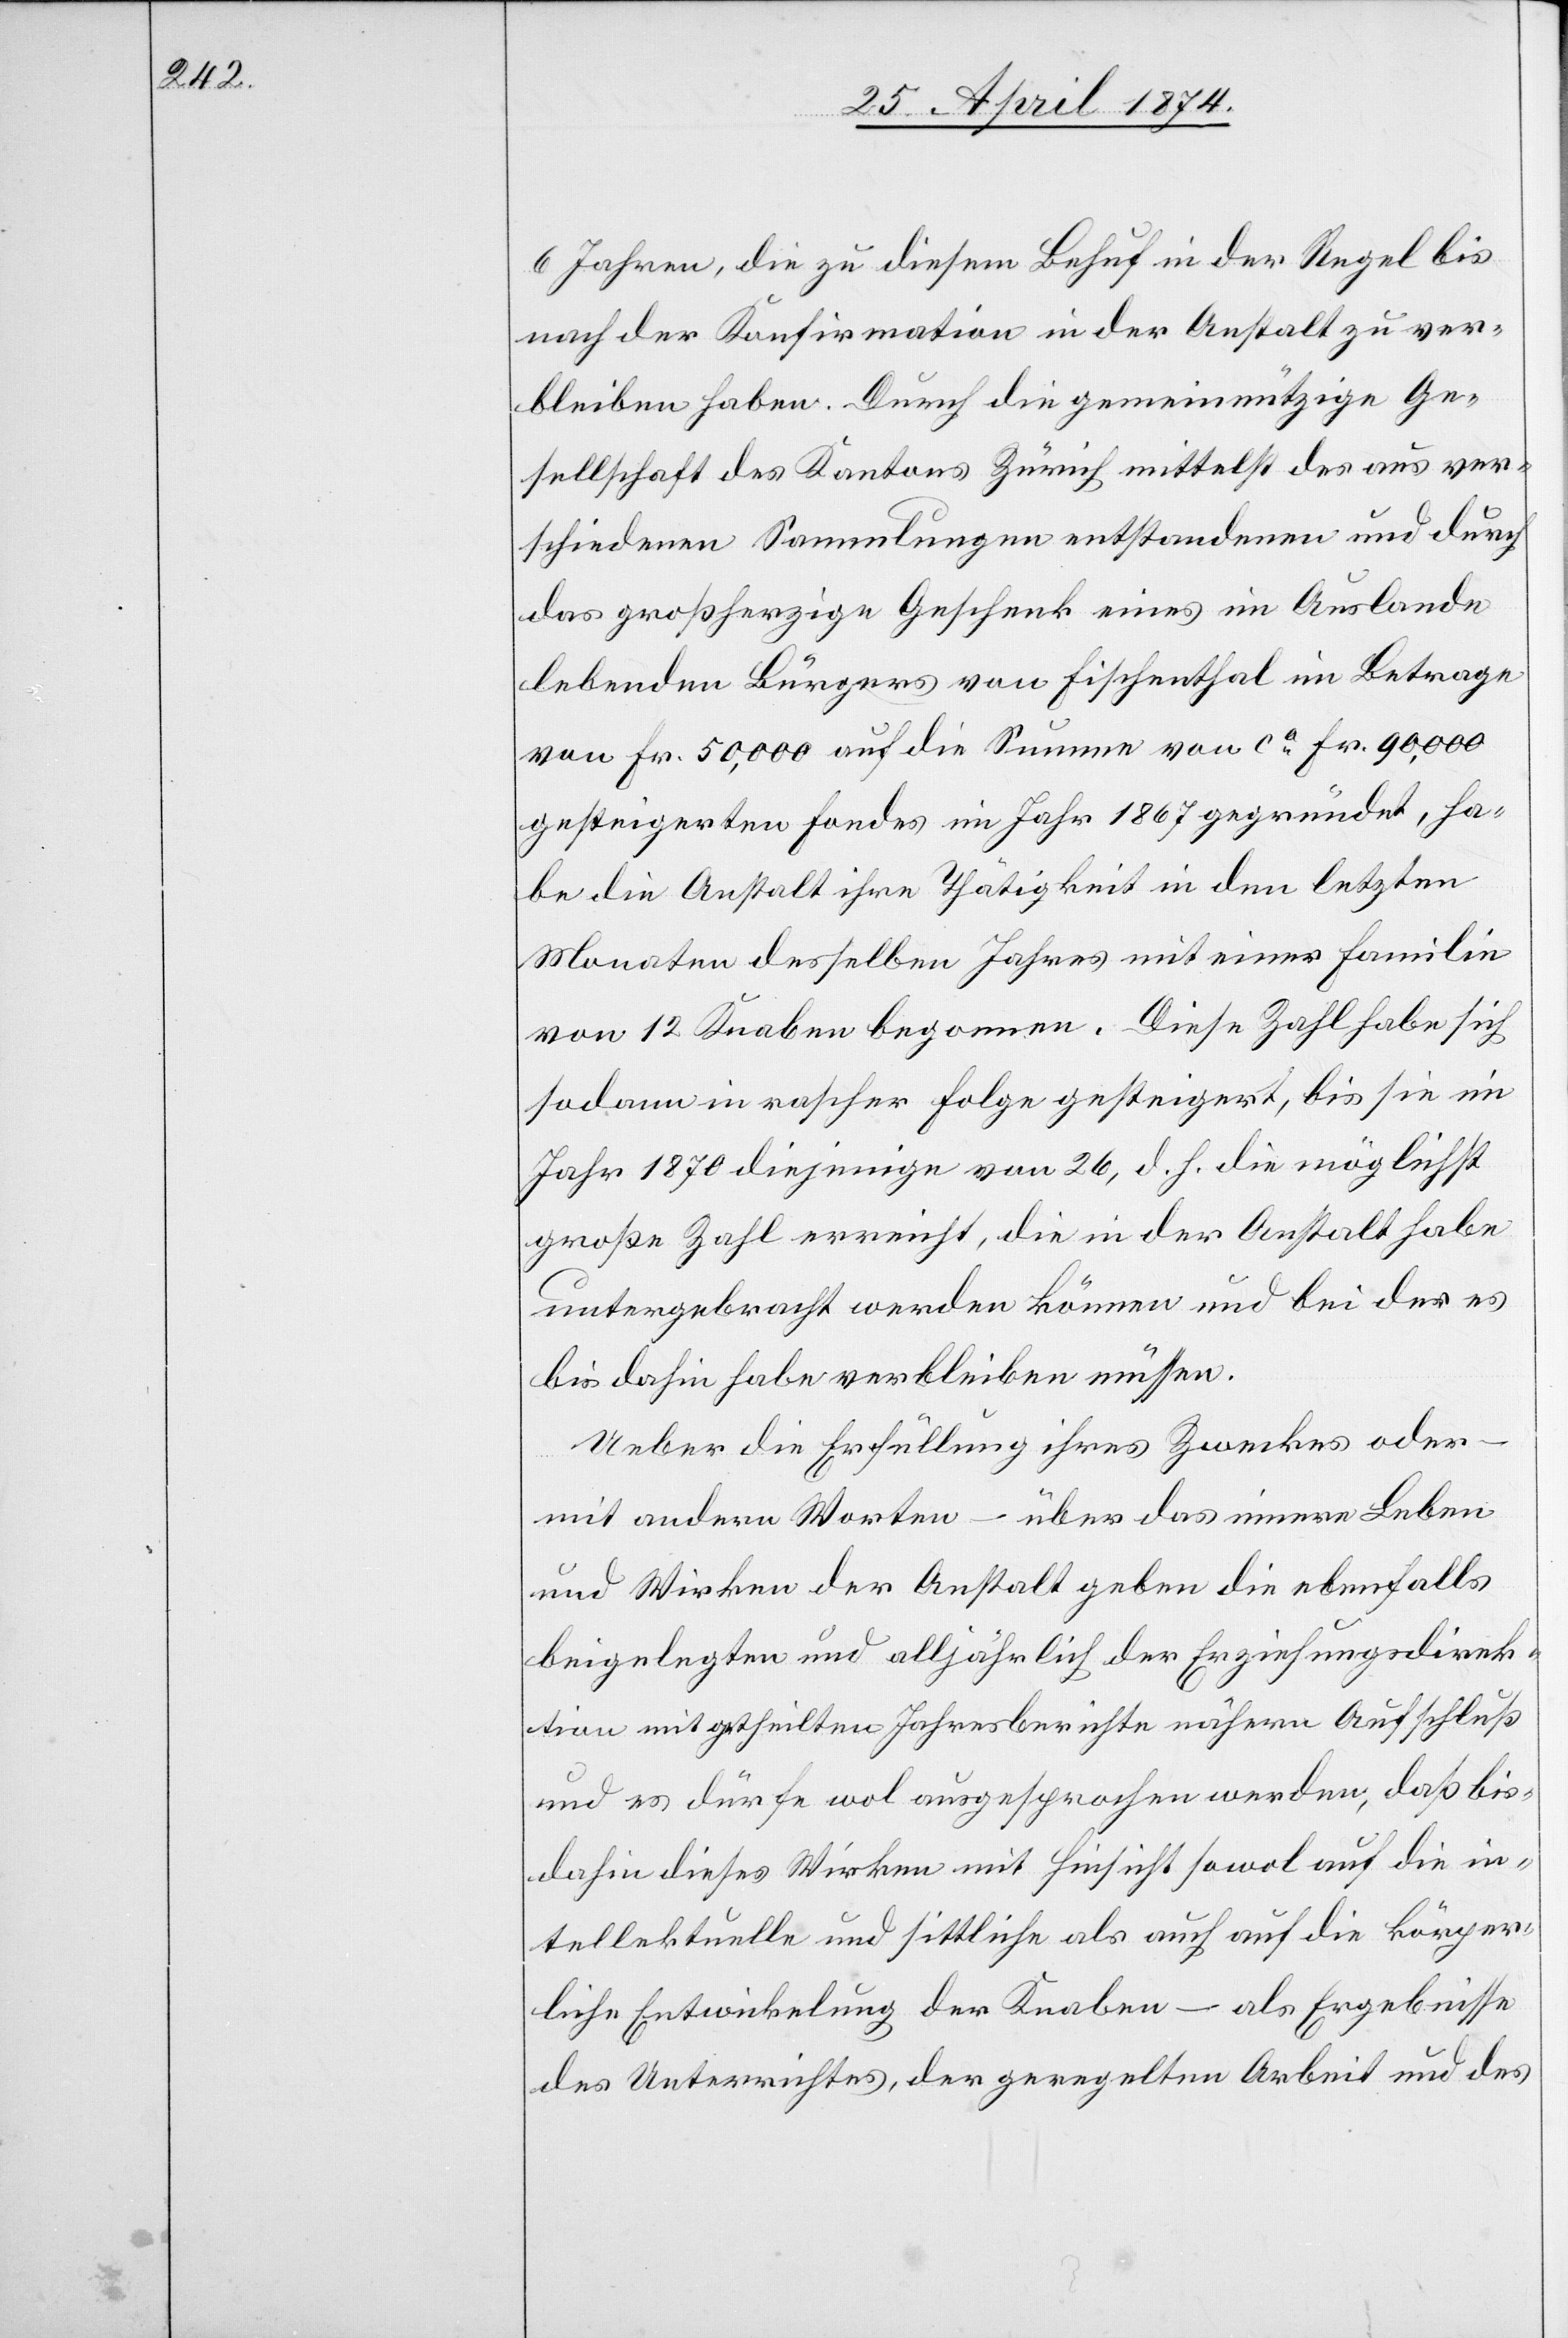
6 Jahren, die zu diesem Behuf in der Regel bis
nach der Konfirmation in der Anstalt zu ver¬
bleiben haben. Durch die gemeinnützige Ge¬
sellschaft des Kantons Zürich mittelst des aus ver¬
schiedenen Sammlungen entstandenen und durch
das großherzige Geschenk eines im Auslande
lebenden Bürgers von Fischenthal im Betrage
von Fr. 50,000 auf die Summe von ca Fr.90,000
gesteigerten Fondes im Jahr 1867 gegründet, ha¬
be die Anstalt ihre Thätigkeit in den letzten
Monaten desselben Jahres mit einer Familie
von 12 Knaben begonnen. Diese Zahl habe sich
sodann in rascher Folge gesteigert, bis sie im
Jahr 1870 diejenige von 26, d. h. die möglichst
große Zahl erreicht, die in der Anstalt habe
untergebracht werden können und bei der es
bis dahin habe verbleiben müssen.
Ueber die Erfüllung ihres Zweckes oder –
mit andern Worten – über das innere Leben
und Wirken der Anstalt geben die ebenfalls
beigelegten und alljährlich der Erziehungsdirek¬
tion mitgetheilten Jahresberichte nähern Aufschluß
und es dürfe wol ausgesprochen werden, daß bis¬
dahin dieses Wirken mit Hinsicht sowol auf die in¬
tellektuelle und sittliche als auch auf die körper¬
liche Entwickelung der Knaben – als Ergebnisse
des Unterrichtes, der geregelten Arbeit und des